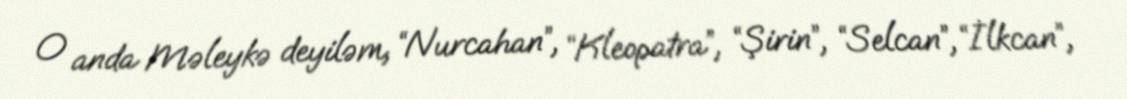
O anda Məleykə deyiləm, “Nurcahan”, “Kleopatra”, “Şirin”, “Selcan”, “İlkcan”,